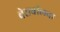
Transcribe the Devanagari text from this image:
बेसबॉलचा